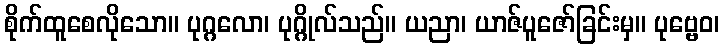
စိုက်ထူစေလိုသော။ ပုဂ္ဂလော၊ ပုဂ္ဂိုလ်သည်။ ယညာ၊ ယာဇ်ပူဇော်ခြင်းမှ။ ပုဗ္ဗေဝ၊